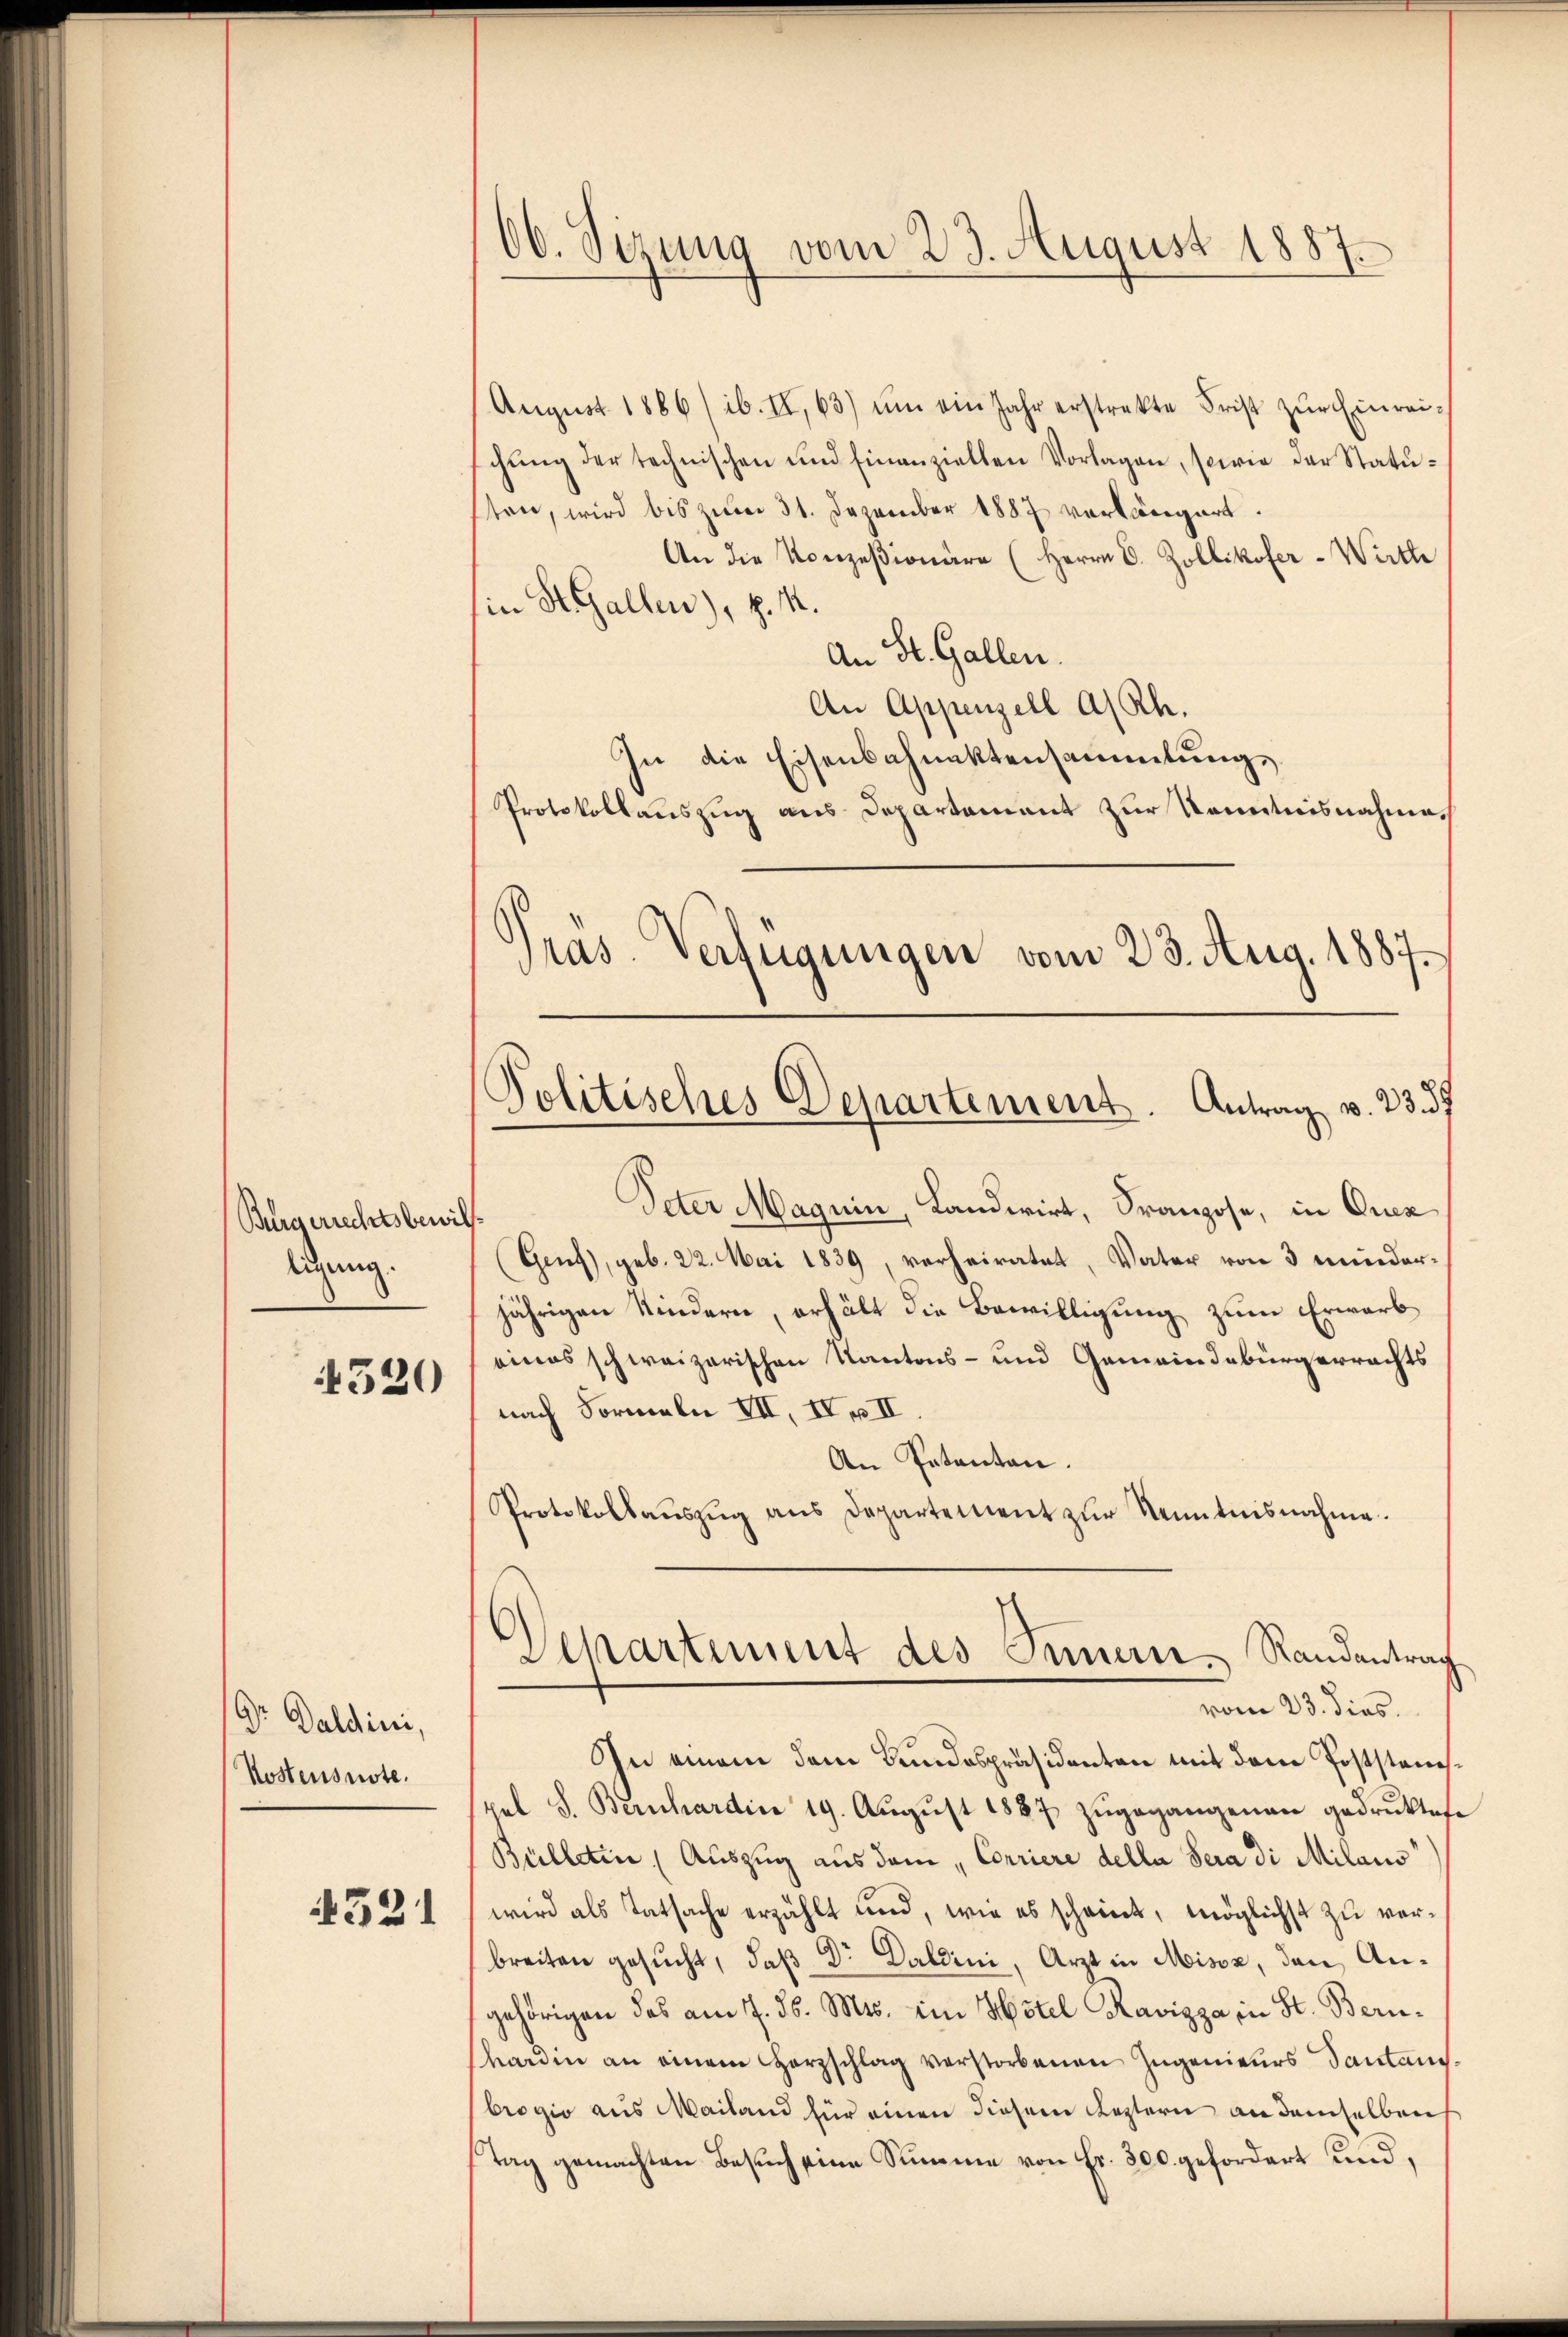
Bürgerrechtsbewill
legung.

320

Dr Daldini,
Kostensnote.

4521

Ob. Sizung vom 23. August 1887.

August 1886/ ib. II, 63) ŭm ein Jahr erstrekte Frist zŭr Einrei-
schŭng der technischen und Einanziellen Vorlagen, sowie der Statusten, wird bis zum 31. Dezember 1887 verlängert.
An die Konzesionäre (Herrn C. Zollikofer-Württe
(in St. Gallen), d. M.
An St. Gallen.
An Appenzell a/Rh.
In die Eisenbahnaktensammlungs¬
Protokollauszug aus Departement zur Kenntnisnahme.
Peter Magnin, Landwirt, Franzose, in Crez
(Genf), geb. 22. Mai 1839, verheiratet, Vater von 3 minderjährigen Kindern, erhält die Bewilligung zum Erwarb
eines schweizerischen Kantons- und Gemeindebürgerrechts
nach Formeln III, IV u. II.
An Petenten.
Protokollaŭszŭg ans Departement zŭr Kenntnisnahme.
Vepartement des Innern. Randantrag
vom 23. dies
In einem dem Bundespräsidenten mit dem Poststanpel S. Bernhardin 19. Aŭgŭst 1887 zŭgegangenen gedrucktese
Bullatin Auszug aus dem Corriere della Sera di Milaus
wird als Tatsache erzählt und, wie es scheint, möglichst zu verbreiten gesucht, daß Dr. Daldini, Arzt in Misox, den Angehörigen das am 7. ds. Mts. im Hotel Ravizza in St. Bernhardin an einem Herzschlag verstorbenen Zugenieurs Santans.
brogio aus Mailand für einen diesem Leztern an demselben
Tag gemachten Besuch eine Summe von Fr. 300. gefordert und,

ras. Verfügungen vom 23. Aug. 1887.
Politisches Departement. Antrag v. 23. 37